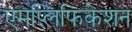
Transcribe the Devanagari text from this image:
एमप्लिफिकेशन